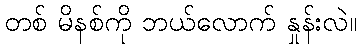
တစ် မိနစ်ကို ဘယ်လောက် နှုန်းလဲ။